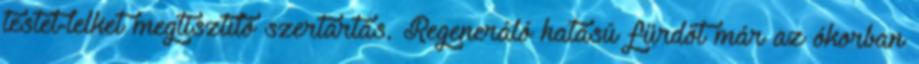
testet-lelket megtisztító szertartás. Regeneráló hatású fürdőt már az ókorban